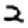
Digit: 2